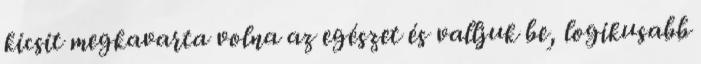
kicsit megkavarta volna az egészet és valljuk be, logikusabb